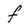
Character: f